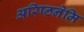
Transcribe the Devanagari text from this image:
अरिष्ठनेमि